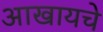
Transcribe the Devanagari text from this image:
आखायचे